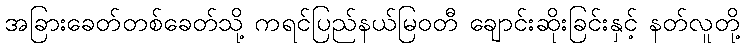
အခြားခေတ်တစ်ခေတ်သို့ ကရင်ပြည်နယ်မြဝတီ ချောင်းဆိုးခြင်းနှင့် နတ်လူတို့